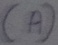
Text: (A)